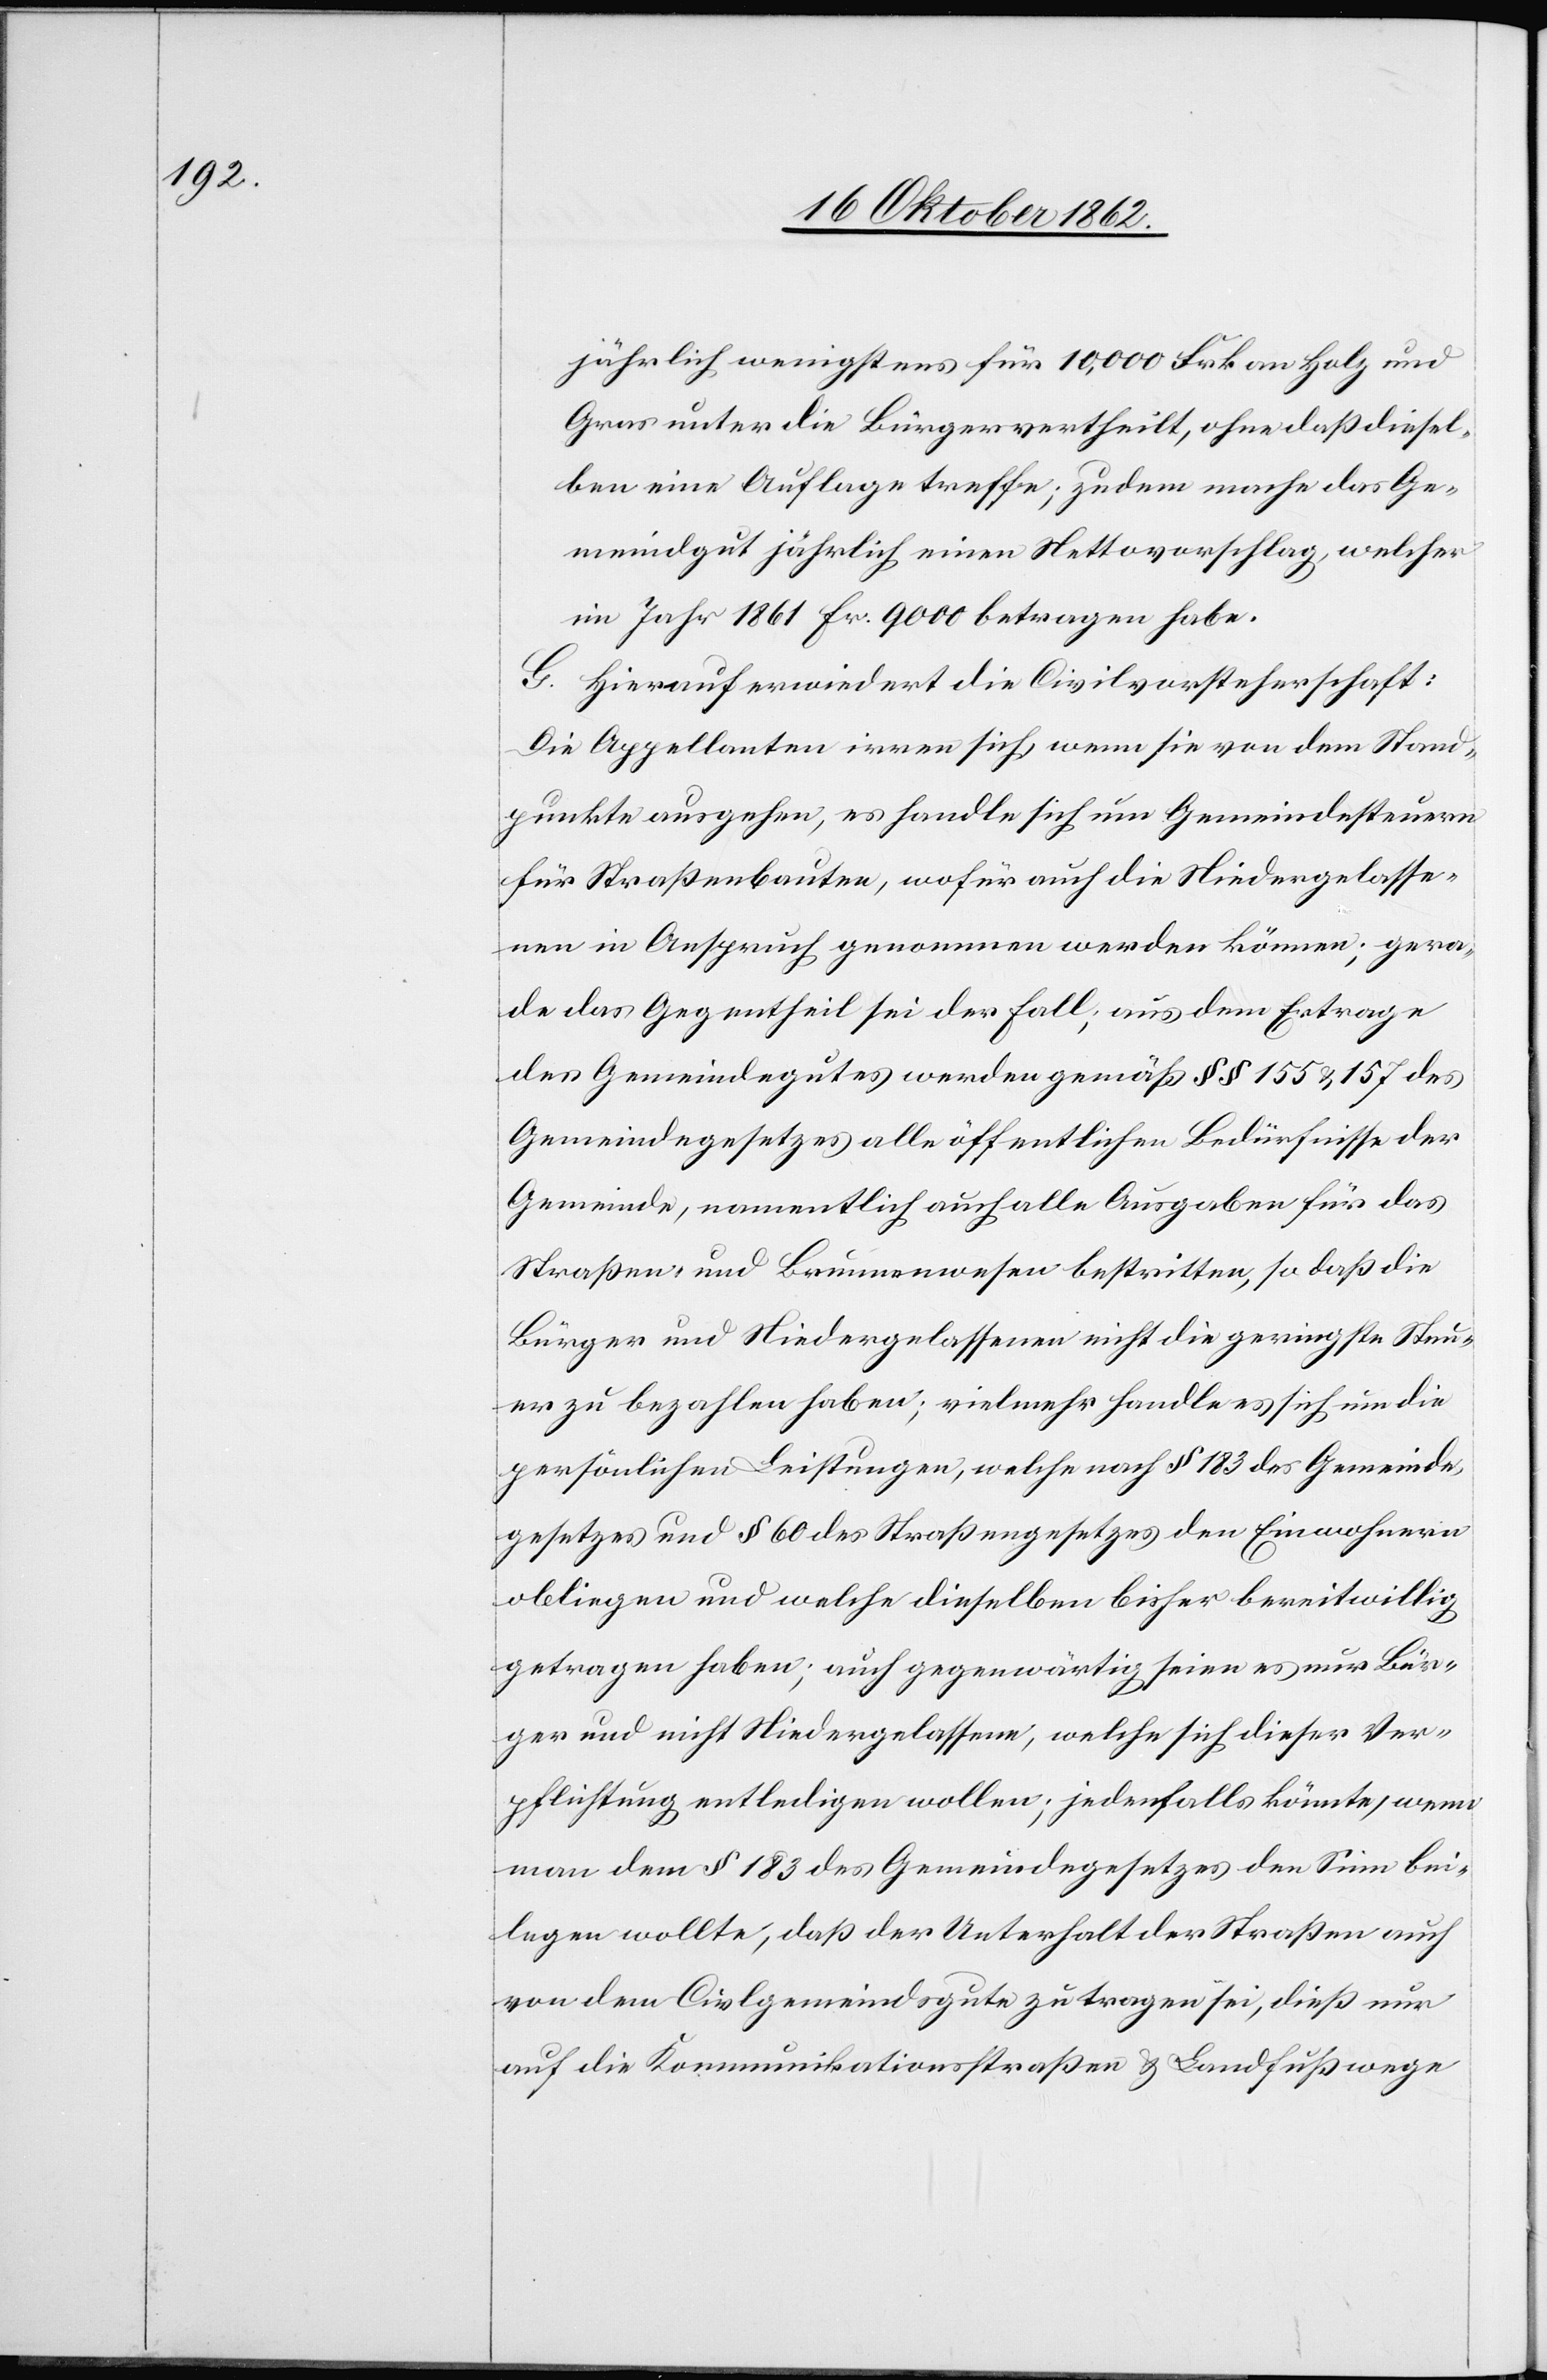
jährlich wenigstens für 10,000 Frk. an Holz und
Gras unter die Bürger vertheilt, ohne daß diesel¬
ben eine Auflage treffe; zudem mache das Ge¬
meindgut jährlich einen Nettovorschlag, welcher
im Jahr 1861 fr. 9000 betragen habe.
G. Hierauf erwiedert die Civilvorsteherschaft:
Die Appellanten irren sich, wenn sie von dem Stand¬
punkte ausgehen, es handle sich um Gemeindesteuern
für Straßenbauten, wofür auch die Niedergelasse¬
nen in Anspruch genommen werden können; gera¬
de das Gegentheil sei der Fall, aus dem Ertrage
des Gemeindegutes werden gemäß §§ 155 u. 157 des
Gemeindegesetzes alle öffentlichen Bedürfnisse der
Gemeinde, namentlich auch alle Ausgaben für das
Straßen- und Brunnenwesen bestritten, so daß die
Bürger und Niedergelassenen nicht die geringste Steu¬
er zu bezahlen haben; vielmehr handle es sich um die
persönlichen Leistungen, welche nach § 183 des Gemeinde¬
gesetzes und § 60 des Straßengesetzes den Einwohnern
obliegen und welche dieselben bisher bereitwillig
getragen haben; auch gegenwärtig seien es nur Bür¬
ger und nicht Niedergelassene, welche sich dieser Ver¬
pflichtung entledigen wollen; jedenfalls könnte, wenn
man dem § 183 des Gemeindegesetzes den Sinn bei¬
legen wollte, daß der Unterhalt der Straßen auch
von dem Civilgemeindsgute zu tragen sei; dieß nur
auf die Kommunikationsstraßen u. Landfußwege